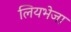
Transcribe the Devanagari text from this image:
लियभेजा